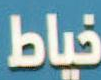
خياط